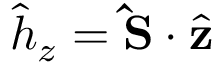
\hat { h } _ { z } = { \bf \hat { S } } \cdot \hat { \bf z }